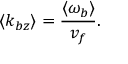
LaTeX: \langle k _ { b z } \rangle = \frac { \langle \omega _ { b } \rangle } { v _ { f } } .